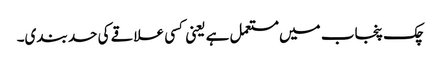
چک پنجاب میں مستعمل ہے یعنی کسی علاقے کی حد بندی۔